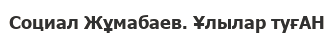
Социал Жұмабаев. Ұлылар туғАН